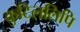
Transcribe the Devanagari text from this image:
कुटिललिपि